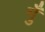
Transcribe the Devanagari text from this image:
गुँ